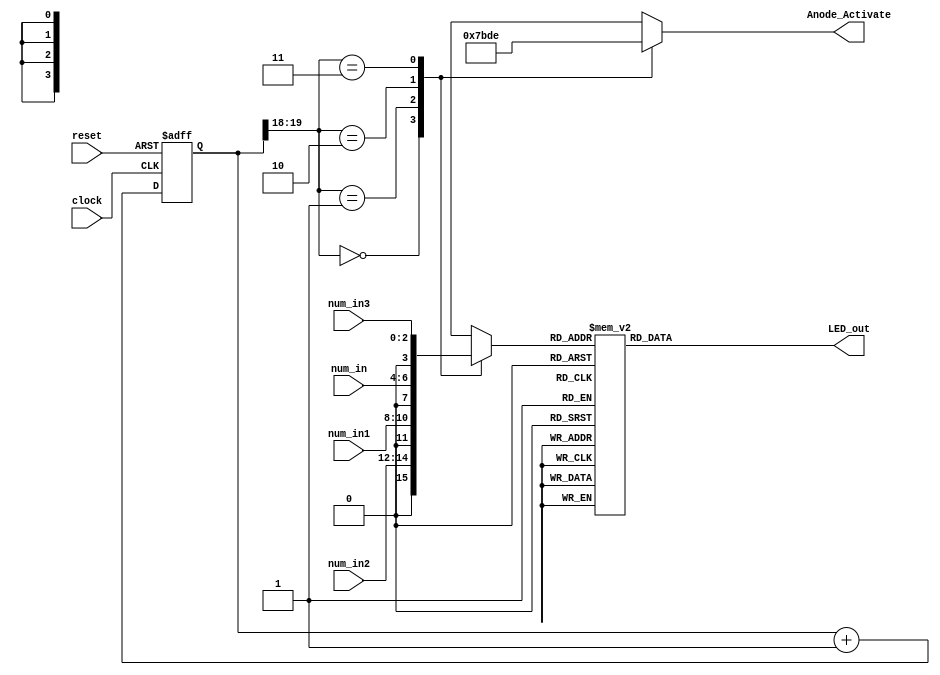
module Seven_segment_LED_Display_Controller(
    input clock, // 100 Mhz clock source on Basys 3 FPGA
    input reset, // reset
    input [2:0] num_in,
    input [2:0] num_in1,
    input [2:0] num_in2,
    input [2:0] num_in3,
    output reg [3:0] Anode_Activate, // anode signals of the 7-segment LED display
    output reg [6:0] LED_out// cathode patterns of the 7-segment LED display
    );
    reg [2:0] tmp;
    reg [2:0] tmp1;
    reg [2:0] tmp2;
    reg [2:0] tmp3;
    reg [26:0] one_second_counter; // counter for generating 1 second clock enable
    wire one_second_enable;// one second enable for counting numbers
    reg [15:0] displayed_number; // counting number to be displayed
    reg [3:0] LED_BCD;
    reg [19:0] refresh_counter; // 20-bit for creating 10.5ms refresh period or 380Hz refresh rate
             // the first 2 MSB bits for creating 4 LED-activating signals with 2.6ms digit period
    wire [1:0] LED_activating_counter; 
                 // count     0    ->  1  ->  2  ->  3
              // activates    LED1    LED2   LED3   LED4
             // and repeat
    always @(*)
    begin
        tmp <= num_in;
        tmp1 <= num_in1;
        tmp2 <= num_in2;
        tmp3 <= num_in3;
    end         
    
    always @(posedge clock or posedge reset)
    begin
        if(reset==1)
           one_second_counter <= 0;
        else begin
            if(one_second_counter>=99999999) 
                 one_second_counter <= 0;
            else
                one_second_counter <= one_second_counter + 1;
        end
    end 
    assign one_second_enable = (one_second_counter==99999999)?1:0;
    always @(posedge clock or posedge reset)
    begin 
        if(reset==1)
            refresh_counter <= 0;
        else
            refresh_counter <= refresh_counter + 1;
    end 
    assign LED_activating_counter = refresh_counter[19:18];
    // anode activating signals for 4 LEDs, digit period of 2.6ms
    // decoder to generate anode signals 
    always @(*)
    begin
        case(LED_activating_counter)
        2'b00: begin
            Anode_Activate = 4'b0111; 
            // activate LED1 and Deactivate LED2, LED3, LED4
            LED_BCD = tmp2;
            // the first digit of the 16-bit number
              end
        2'b01: begin
            Anode_Activate = 4'b1011; 
            // activate LED2 and Deactivate LED1, LED3, LED4
            LED_BCD = tmp1;
            // the second digit of the 16-bit number
              end
        2'b10: begin
            Anode_Activate = 4'b1101; 
            // activate LED3 and Deactivate LED2, LED1, LED4
            LED_BCD = tmp;
            // the third digit of the 16-bit number
                end
        2'b11: begin
            Anode_Activate = 4'b1110; 
            // activate LED4 and Deactivate LED2, LED3, LED1
            LED_BCD = tmp3;
            // the fourth digit of the 16-bit number    
               end
        endcase
    end
    // Cathode patterns of the 7-segment LED display 
    always @(*)
    begin
        case(LED_BCD)
       0: LED_out = 7'b0000001; // "0"     
       1: LED_out = 7'b1001111; // "1" 
       2: LED_out = 7'b0010010; // "2" 
       3: LED_out = 7'b0000110; // "3" 
       4: LED_out = 7'b1001100; // "4" 
       5: LED_out = 7'b0100100; // "5" 
       6: LED_out = 7'b0100000; // "6" 
       7: LED_out = 7'b0001111; // "7" 
       8: LED_out = 7'b0000000; // "8"     
       9: LED_out = 7'b0000100; // "9" 
       default: LED_out = 7'b1010001; // "0"
        endcase
    end
 endmodule